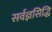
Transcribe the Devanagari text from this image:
सर्वज्ञसिद्धि